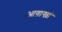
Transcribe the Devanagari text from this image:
आग़ाखां